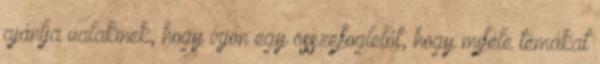
ajánlja valakinek, hogy írjon egy összefoglelót, hogy miféle témákat